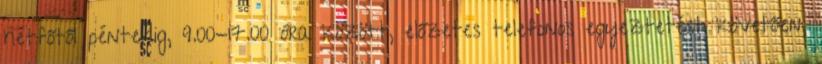
hétfőtől péntekig, 9.00-17.00 óra között, előzetes telefonos egyeztetést követően,